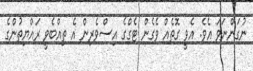
ނުގަންނަވަ އެވެ. އެވީ ގޮތެއް ވެގެން ޓެގްގެ އިސްވެރިން އެ ތިއްބެވީ ރައްޔިތުންގެ